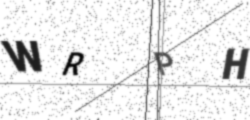
Text: WRPH